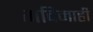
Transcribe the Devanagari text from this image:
गदिमाही